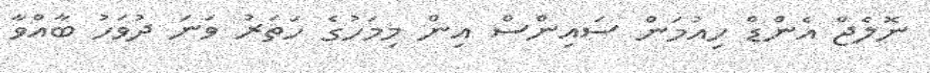
ނޮލެޖް އެންޑް ހިއުމަން ސައިންސް އިން މިމަހުގެ ހަތަރު ވަނަ ދުވަހު ބާއްވާ